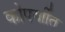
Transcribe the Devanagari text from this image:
कोपर्याीत